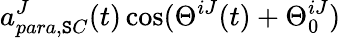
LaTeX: a_{para,\mathtt{S}C}^{J}(t)\cos(\Theta^{iJ}(t)+\Theta_{0}^{iJ})